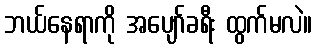
ဘယ်နေရာကို အပျော်ခရီး ထွက်မလဲ။